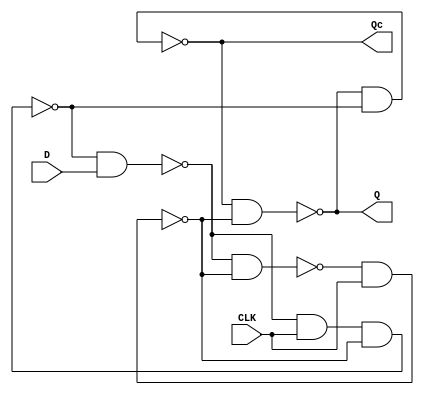
module flipflop(Q, Qc, CLK, D);
input CLK, D;
output Q, Qc;

wire S, R;
wire Sc, Rc;

assign Sc = !(Rc&S);
assign S = !(Sc&CLK);
assign R = !(Rc&CLK&S);
assign Rc = !(R&D);

assign Q = !(Qc&S);
assign Qc = !(Q&R);



endmodule